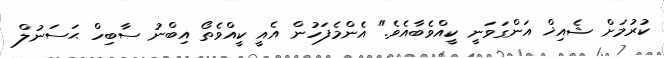
ކުރުމަށް ޝެއިޚް އަންގަވަނީ ކީއްވެބާއެވެ." އެންމެފަހުން އެއީ ކީއްވެތޯ އިބްނު ސާބިހް ޙަސަނުލް